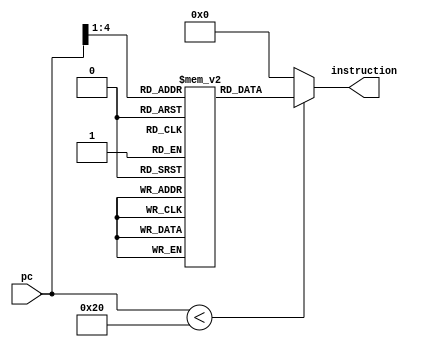

//holds the instruction list of our program i guess
module instr_mem          // a synthesisable rom implementation  
 (  
      input     [15:0]     pc,  
      output wire     [15:0]          instruction  
 );  
      wire [3 : 0] rom_addr = pc[4 : 1];  //take 3 bits after the least significant bit because we expect a word address not a byte address  
      /* lw     $3, 0($0) --   
           Loop:     slti $1, $3, 50  
           beq $1, $0, Skip  
           add $4, $4, $3   
           addi $3, $3, 1   
           beq $0, $0, Loop--  
           Skip  
 */  
      reg [15:0] rom[15:0];  
      initial  
      begin  
                rom[0] = 16'b0000010110010000; //0590 add $1 + $3 => $1
                rom[1] = 16'b1000000110110010; //2CB2 LW into $3 <= address of $0 offset by 50 
               //  rom[1] = 16'b0000010100110000; //add together reg 1 to register 2 into register 3 (expected result: 4+1 = 5 based on reg initial vals)
                rom[2] = 16'b0100000000001000; //jumps to the PC address held in register $0... since $0 is the zero register, it will start at beginning (first) instruction
               //  rom[2] = 16'b1101110001100111; //DC67 11001110 + 0000110 = 11010100 (212)= PCbranch target address -> way out of scope from here, so "skip"
                rom[3] = 16'b1101110111011001; //DDD9
                rom[4] = 16'b1111110110110001;  
                rom[5] = 16'b1100000001111011; 
                rom[6] = 16'b0000000000000000;  
                rom[7] = 16'b0000000000000000;  
                rom[8] = 16'b0000000000000000;  
                rom[9] = 16'b0000000000000000;  
                rom[10] = 16'b0000000000000000;  
                rom[11] = 16'b0000000000000000;  
                rom[12] = 16'b0000000000000000;  
                rom[13] = 16'b0000000000000000;  
                rom[14] = 16'b0000000000000000;  
                rom[15] = 16'b0000000000000000;  
      end  
      assign instruction = (pc[15:0] < 32 )? rom[rom_addr[3:0]]: 16'd0;  
 endmodule